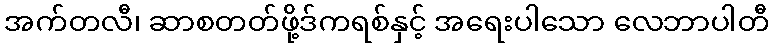
အက်တလီ၊ ဆာစတတ်ဖို့ဒ်ကရစ်နှင့် အရေးပါသော လေဘာပါတီ